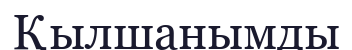
Қылшанымды